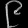
Digit: ၉